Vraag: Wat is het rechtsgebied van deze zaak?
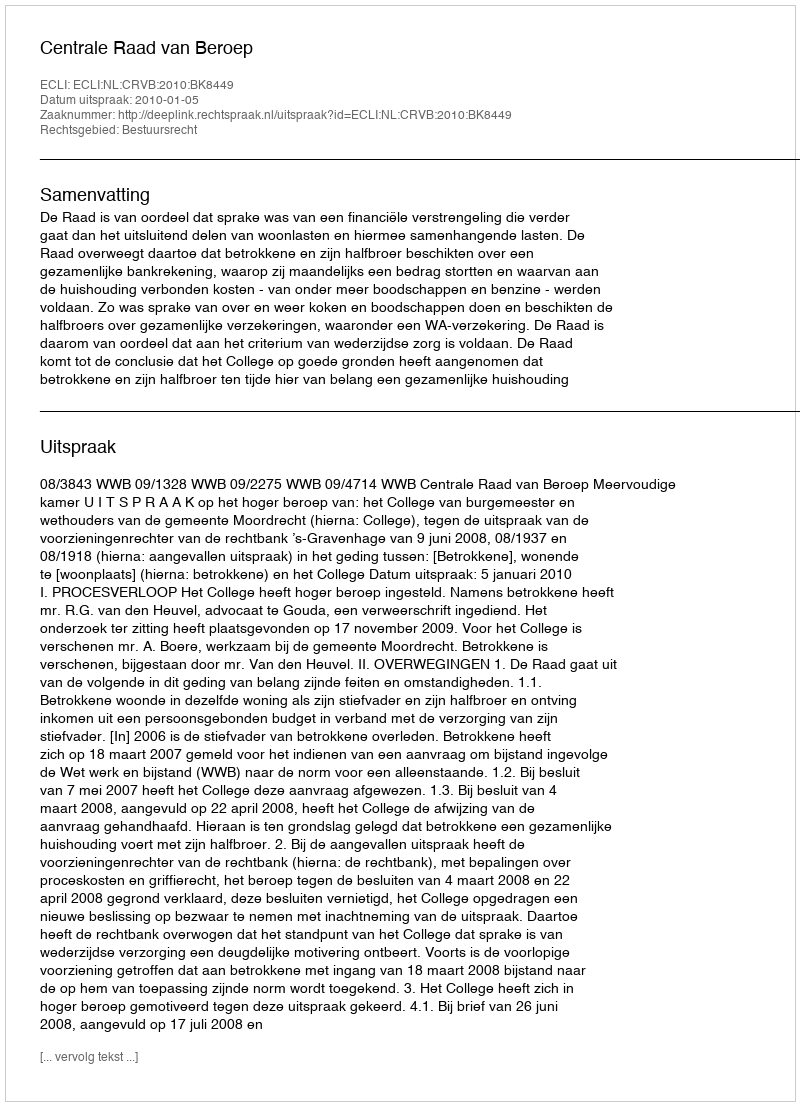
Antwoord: Bestuursrecht